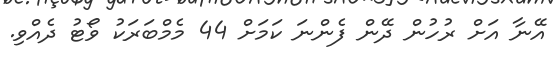
އޭނާ އަށް ރުހުން ދޭން ފެންނަ ކަމަށް 44 މެމްބަރަކު ވޯޓު ދެއްވި.